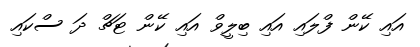
އައި ކޭން ފްލައި އައި ބިލީވް އައި ކޭން ޓަޗް ދަ ސްކައި